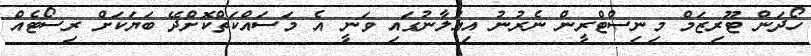
ހޯދަން ޓޫރިޒަމް މިނިސްޓްރީން ނެރުނު އިއުލާނުގައި ވަނީ އެ މަސައްކަތްކޮށްދޭ ބަޔަކަށް ރިސޯޓެއް